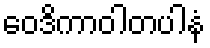
ဝေဒိကာဝါတပါနံ